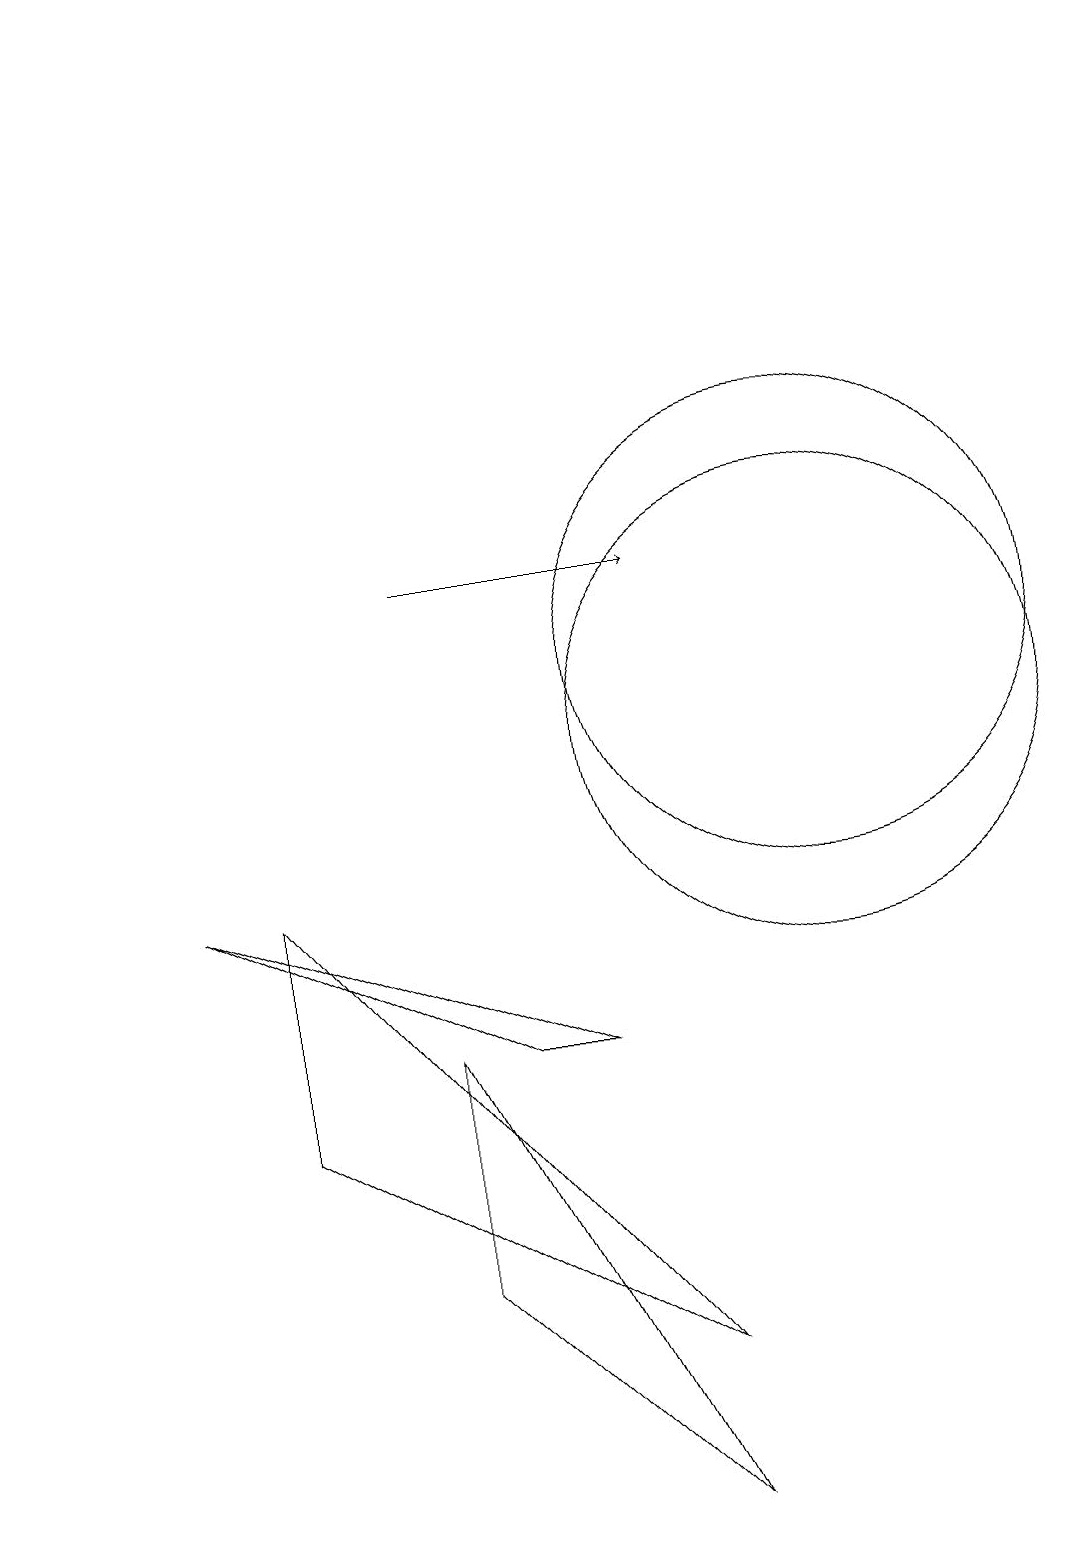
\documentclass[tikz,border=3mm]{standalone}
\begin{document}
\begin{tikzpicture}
\draw (1,19) rectangle (2,19);
\draw[->] (6,12) -- (9,12);
\draw (12,10) circle (0);
\draw (11,10) circle (3);
\draw (4,5) -- (9,2) -- (4,8) -- cycle;
\draw (6,3) -- (6,6) -- (9,0) -- cycle;
\draw (8,6) -- (3,8) -- (7,6) -- cycle;
\draw (11,11) circle (3);
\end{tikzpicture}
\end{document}